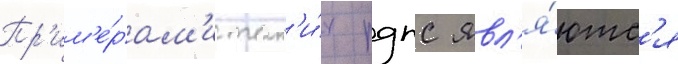
Пр'им'е́рам'и так'и́х рдпс явл'я́ютс'я